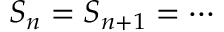
S _ { n } = S _ { n + 1 } = \cdots